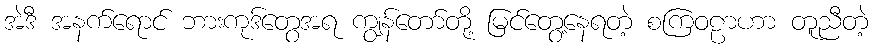
အဲဒီ အနက်ရောင် ဘားကုဒ်တွေအရ ကျွန်တော်တို့ မြင်တွေ့နေရတဲ့ စကြဝဠာဟာ တူညီတဲ့